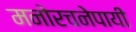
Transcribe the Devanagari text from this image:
मनोरचनेपायी